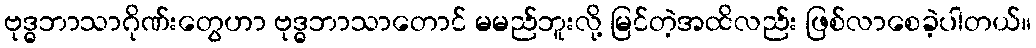
ဗုဒ္ဓဘာသာဂိုဏ်းတွေဟာ ဗုဒ္ဓဘာသာတောင် မမည်ဘူးလို့ မြင်တဲ့အထိလည်း ဖြစ်လာစေခဲ့ပါတယ်။